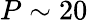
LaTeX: P\sim 20